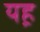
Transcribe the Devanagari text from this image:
यह़